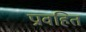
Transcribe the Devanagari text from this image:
प्रावहित